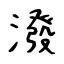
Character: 潑